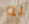
به